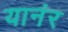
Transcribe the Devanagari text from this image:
यानंर